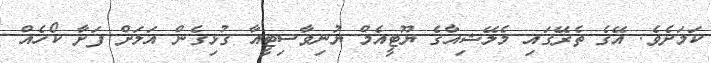
ކަމަށެވެ. އޭގެ ތެރޭގައި މެލޭޝިއާގެ ޔޫޓީއެމް ޔުނިވާސިޓީއާ ގުޅިގެން އަލަށް ފަށާ ކޯހެއް